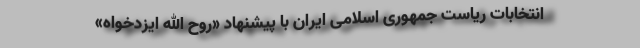
انتخابات ریاست جمهوری اسلامی ایران با پیشنهاد «روح الله ایزدخواه»